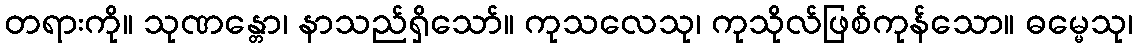
တရားကို။ သုဏန္တော၊ နာသည်ရှိသော်။ ကုသလေသု၊ ကုသိုလ်ဖြစ်ကုန်သော။ ဓမ္မေသု၊